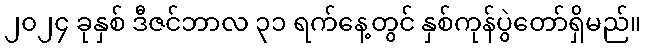
၂၀၂၄ ခုနှစ် ဒီဇင်ဘာလ ၃၁ ရက်နေ့တွင် နှစ်ကုန်ပွဲတော်ရှိမည်။